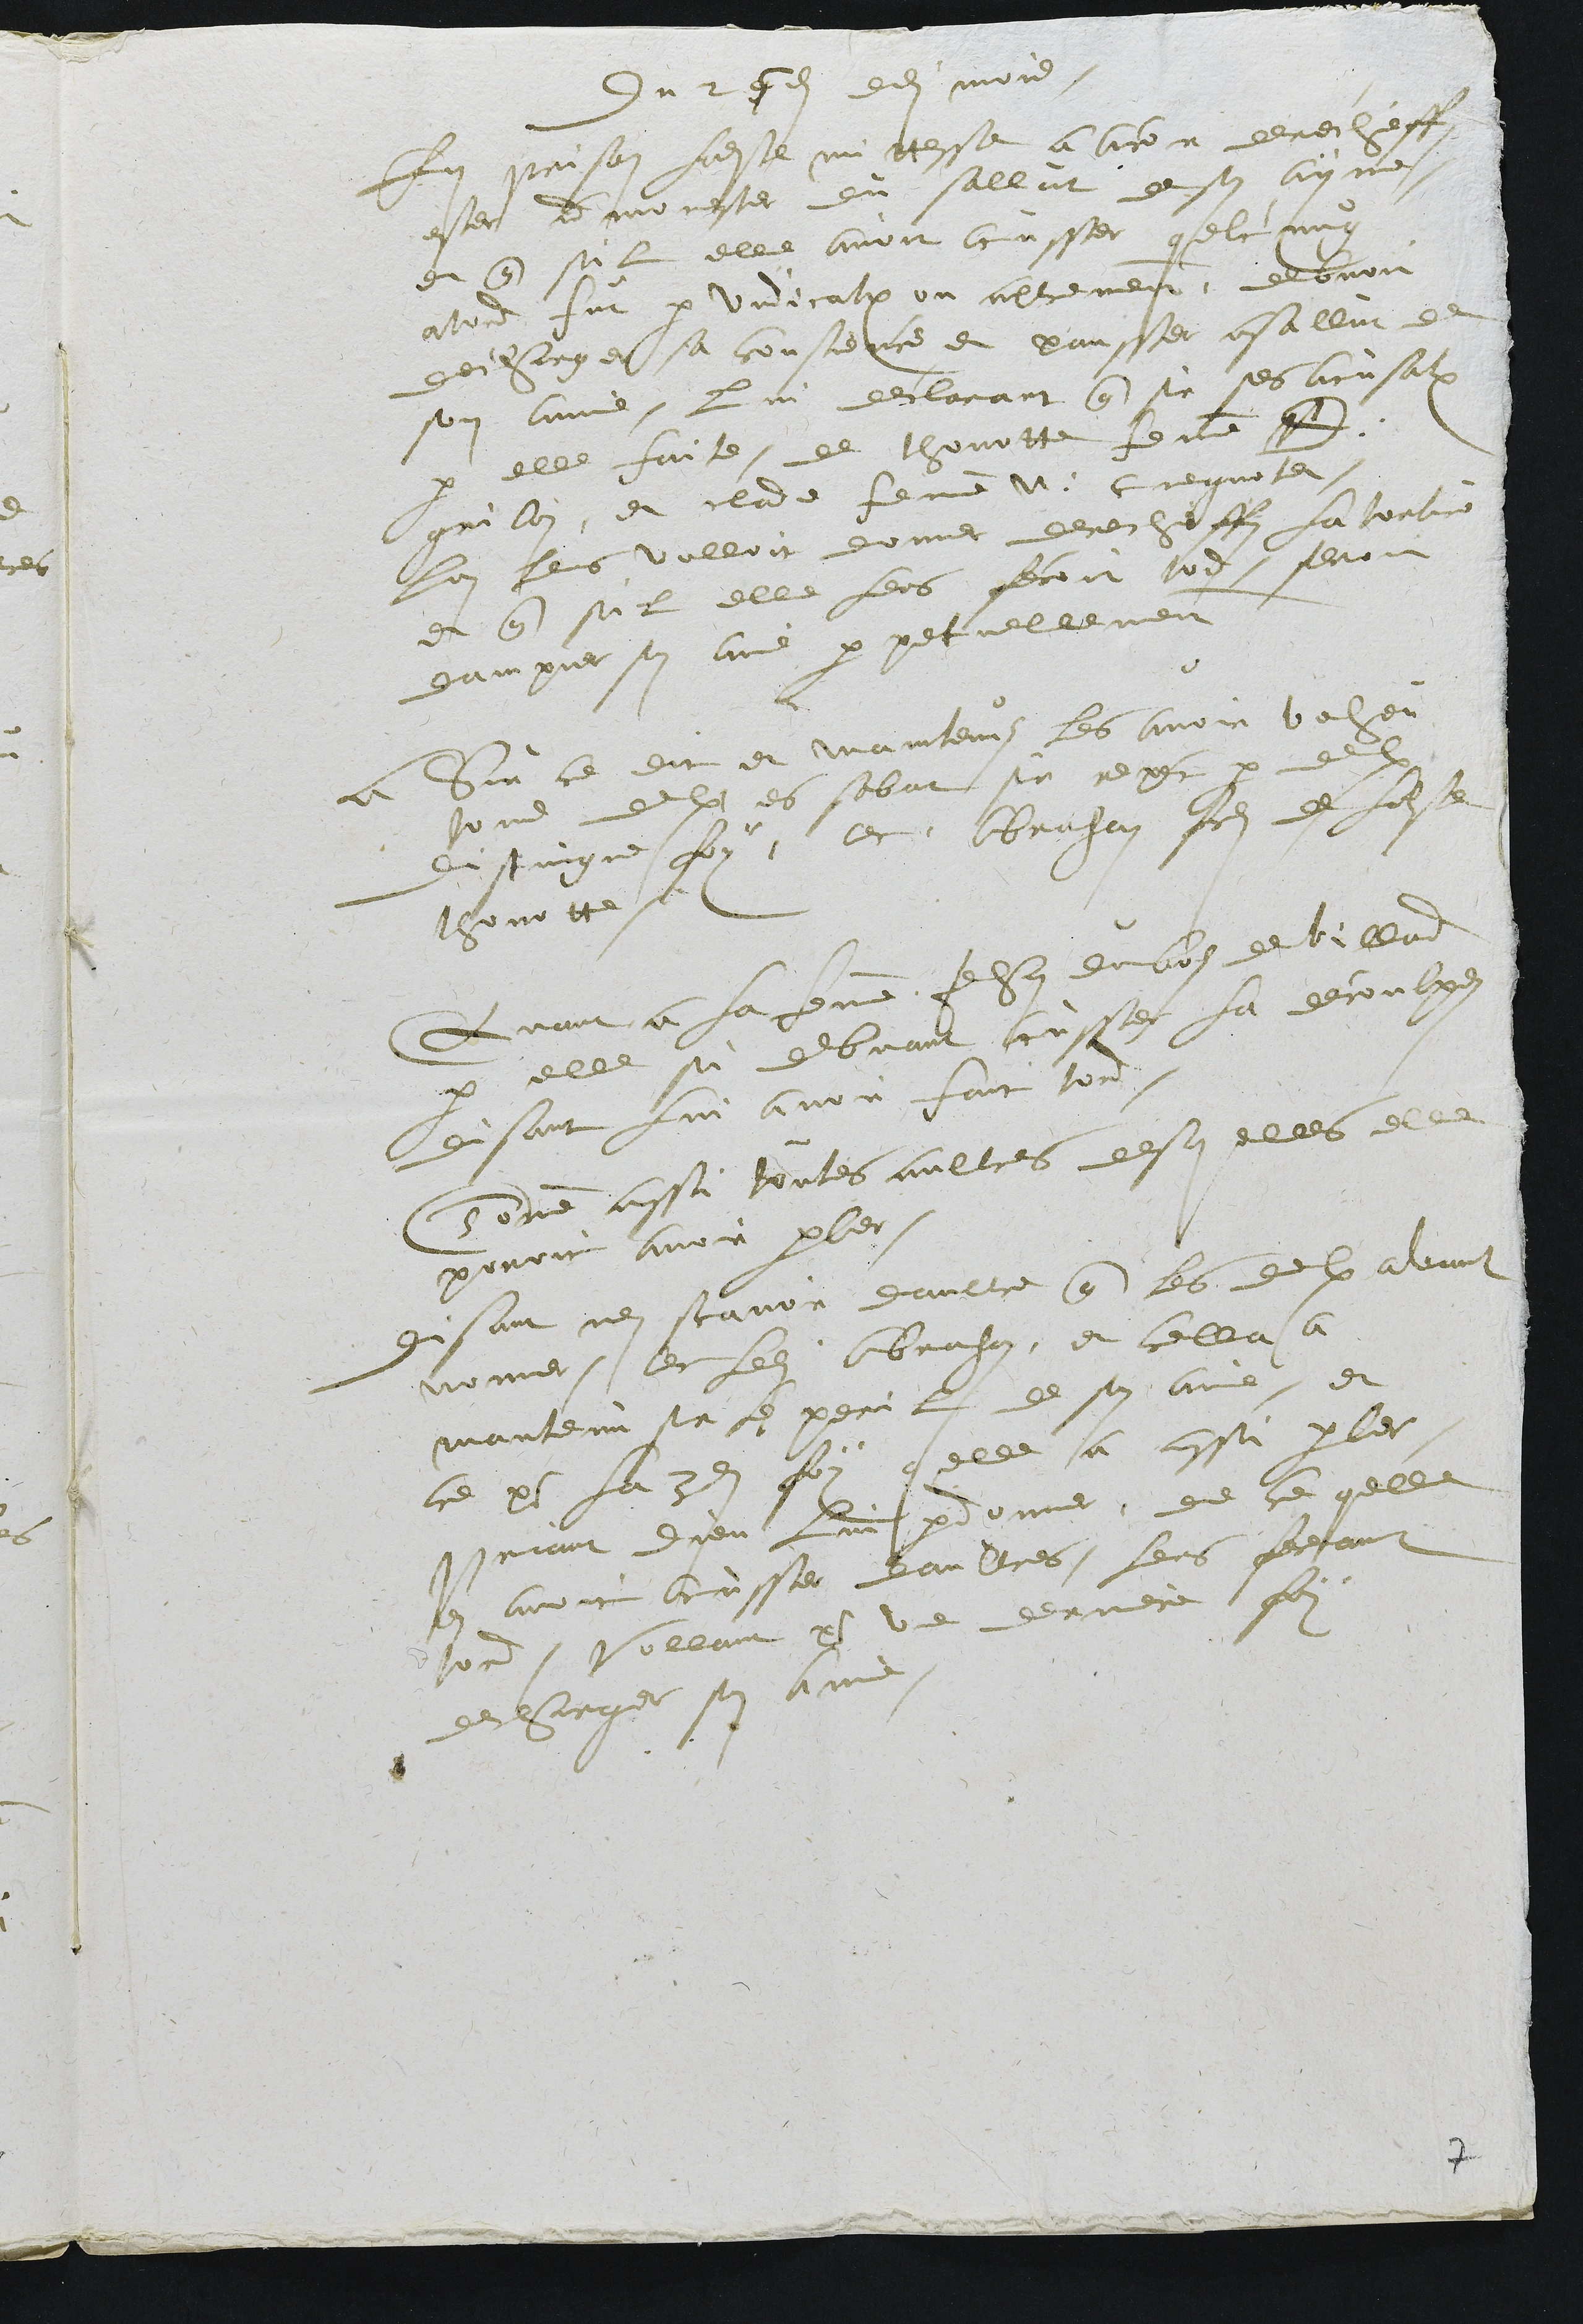
Du 25e dudit mois
En prison ladite mittesse a ancor derechieff
ester admonester du sallut de son ayme,
et que sil elle avoit acusser quelcung
atord fut par vindication ou aultrement, debvoit
descharger sa conscience et pansser a sallut de
son aime, lui declarant que sur ses acusations
par elle faite de thonotte femme D.
grilon, et clade femme N. cuegnotet
Lon leurs volloit donner derechieff la torture
et que sil elle Leurs feroit tord, seroit
dampner son aime perpetuellement
A Sur ce dit et maintenus les avoir veheu
toud deulx es sabat sur repet par deulx
distingue foy, avec Abraham fils de Ladite
thonotte.
Quant a la femme Jehan dubols de villard
par elle si debvant acusser la decoulpes
disant lui avoir fait tord.
Comme aussi toutes aultres desquelles elle
povoit avoir parler.
Disant nen scavoir daultre que les deulx avant
nommer, avec ledit Abraham, et cella a
mantenu sur le peril de son aime, et
ce pour la 3e foy quelle a aussi parler
priant dieu lui pardonner, de ce quelle
en avoit acusser daultres, leurs feceant
tord, vollant pour une derniere foy
descharger son Aime

7